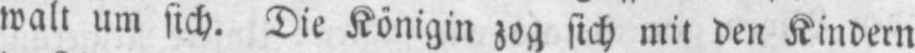
walt um sich. Die Königin zog sich mit den Kindern